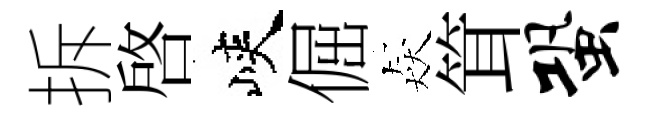
拆啟峽倔猋䇯蛩